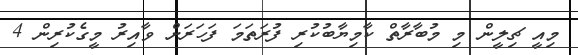
މިއީ ޗިލީން މި މުބާރާތް ކާމިޔާބުކުރި ފުރަތަމަ ފަހަރަށް ވާއިރު މީގެކުރިން 4